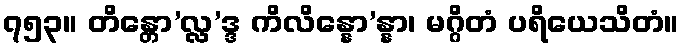
၇၅၃။ တိန္တော’လ္လ’ဒ္ဒ ကိလိန္နော’န္နာ၊ မဂ္ဂိတံ ပရိယေသိတံ။